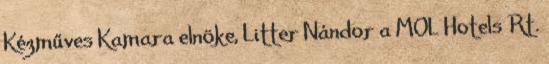
Kézműves Kamara elnöke, Litter Nándor a MOL Hotels Rt.